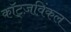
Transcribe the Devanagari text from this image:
कॉट्ज़विंकल